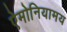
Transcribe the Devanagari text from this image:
ऐमोनियामय